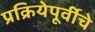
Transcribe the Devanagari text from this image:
प्रक्रियेपूर्वीचे